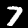
Digit: 7